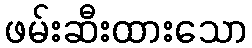
ဖမ်းဆီးထားသော